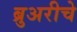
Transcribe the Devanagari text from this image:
ब्रुअरीचे